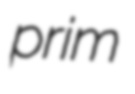
prim